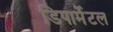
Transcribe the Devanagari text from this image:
डिपार्मेंटल